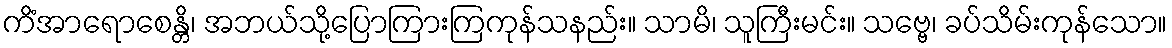
ကိံအာရောစေန္တိ၊ အဘယ်သို့ပြောကြားကြကုန်သနည်း။ သာမိ၊ သူကြီးမင်း။ သဗ္ဗေ၊ ခပ်သိမ်းကုန်သော။